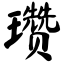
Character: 瓒